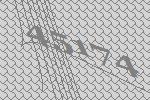
45174